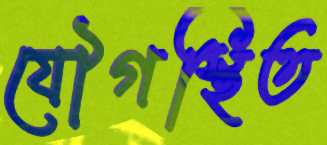
যৌগস্থিত